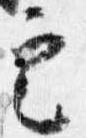
定